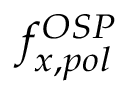
f _ { x , p o l } ^ { O S P }